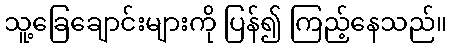
သူ့ခြေချောင်းများကို ပြန်၍ ကြည့်နေသည်။